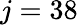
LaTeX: j=38